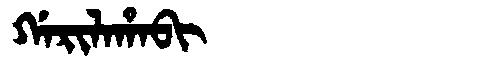
Manchu: ᡤᠠᡵᡳᠯᠠᡥᠠᠪᡳ
Romanization: GARILAHABI